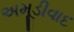
અમૂડીવાદ